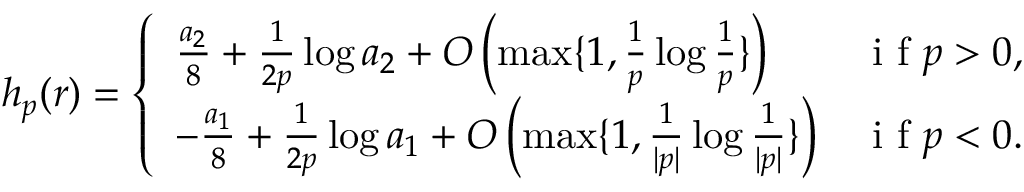
h _ { p } ( r ) = \left\{ \begin{array} { l l } { \frac { a _ { 2 } } { 8 } + \frac { 1 } { 2 p } \log a _ { 2 } + O \left( \operatorname* { m a x } \{ 1 , \frac { 1 } { p } \log \frac { 1 } { p } \} \right) } & { \textrm { i f } p > 0 , } \\ { - \frac { a _ { 1 } } { 8 } + \frac { 1 } { 2 p } \log a _ { 1 } + O \left( \operatorname* { m a x } \{ 1 , \frac { 1 } { | p | } \log \frac { 1 } { | p | } \} \right) } & { \textrm { i f } p < 0 . } \end{array} \right.